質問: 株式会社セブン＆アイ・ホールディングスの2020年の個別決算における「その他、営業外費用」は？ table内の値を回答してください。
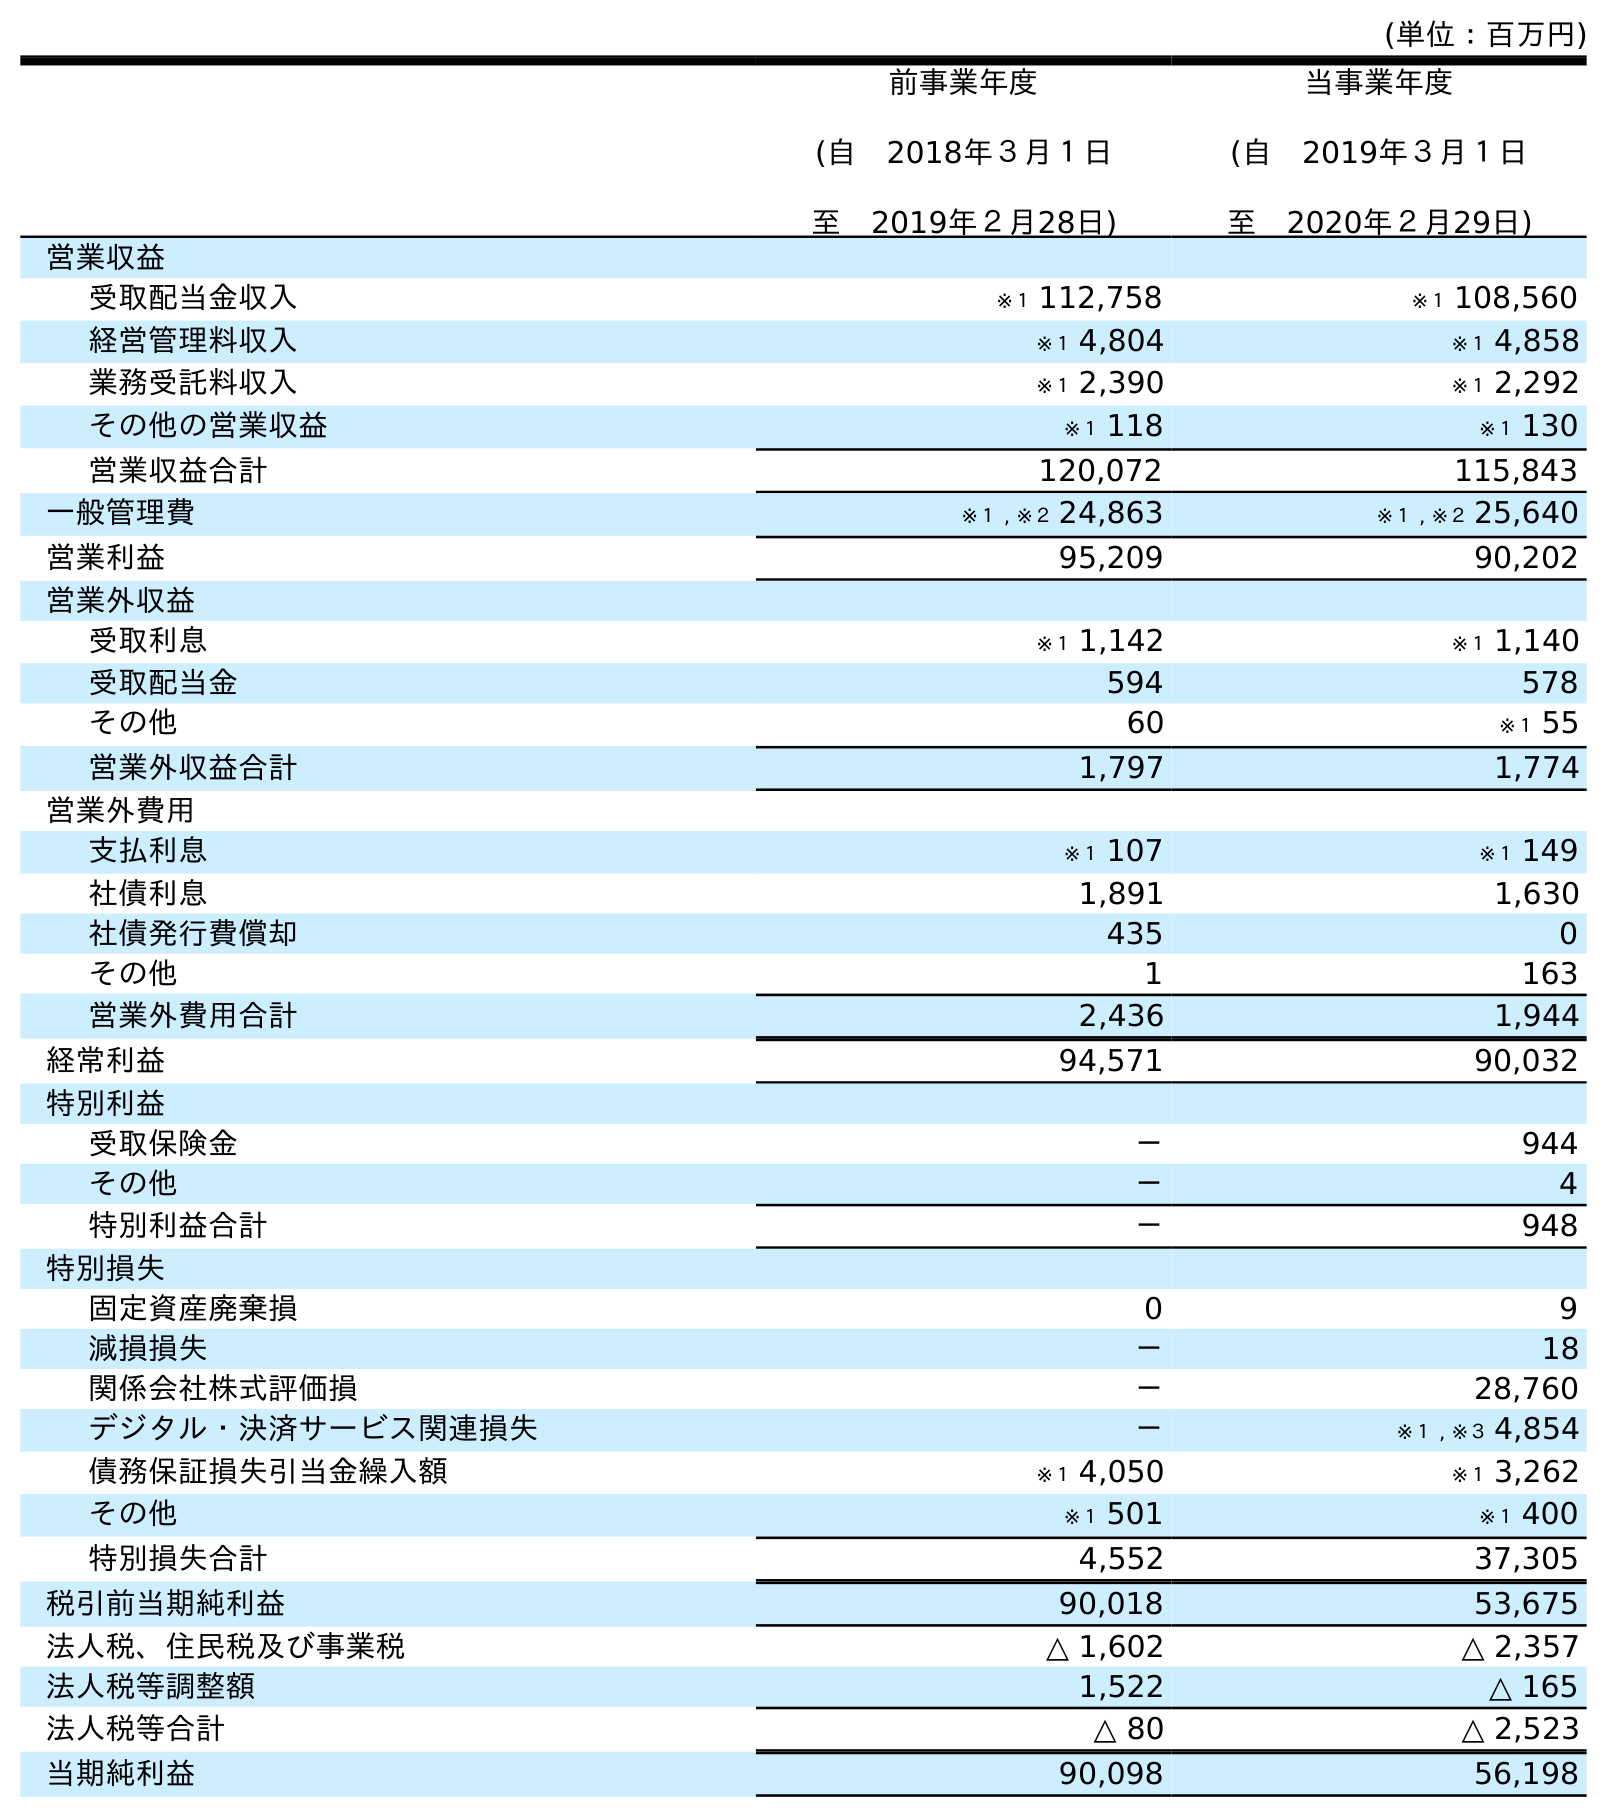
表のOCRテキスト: (単位：百万円) 前事業年度 (自 2018年３月１日 至 2019年２月28日) 当事業年度 (自 2019年３月１日 至 2020年２月29日) 営業収益 受取配当金収入 ※１ 112,758 ※１ 108,560 経営管理料収入 ※１ 4,804 ※１ 4,858 業務受託料収入 ※１ 2,390 ※１ 2,292 その他の営業収益 ※１ 118 ※１ 130 営業収益合計 120,072 115,843 一般管理費 ※１ , ※２ 24,863 ※１ , ※２ 25,640 営業利益 95,209 90,202 営業外収益 受取利息 ※１ 1,142 ※１ 1,140 受取配当金 594 578 その他 60 ※１ 55 営業外収益合計 1,797 1,774 営業外費用 支払利息 ※１ 107 ※１ 149 社債利息 1,891 1,630 社債発行費償却 435 0 その他 1 163 営業外費用合計 2,436 1,944 経常利益 94,571 90,032 特別利益 受取保険金 － 944 その他 － 4 特別利益合計 － 948 特別損失 固定資産廃棄損 0 9 減損損失 － 18 関係会社株式評価損 － 28,760 デジタル・決済サービス関連損失 － ※１ , ※３ 4,854 債務保証損失引当金繰入額 ※１ 4,050 ※１ 3,262 その他 ※１ 501 ※１ 400 特別損失合計 4,552 37,305 税引前当期純利益 90,018 53,675 法人税、住民税及び事業税 △ 1,602 △ 2,357 法人税等調整額 1,522 △ 165 法人税等合計 △ 80 △ 2,523 当期純利益 90,098 56,198
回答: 163